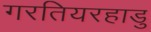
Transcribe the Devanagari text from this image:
गरतियरहाडु